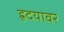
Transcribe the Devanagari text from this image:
ह्रदयावर